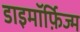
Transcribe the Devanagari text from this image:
डाइमॉर्फ़िज्म